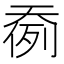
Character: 𱘷